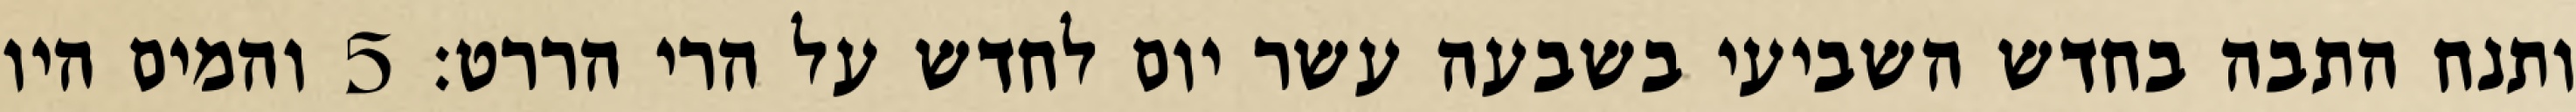
ותנח התבה בחדש השביעי בשבעה עשר יום לחדש על הרי הררט׃ ‎5‏ והמים היו